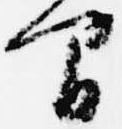
間